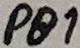
Text: PB1